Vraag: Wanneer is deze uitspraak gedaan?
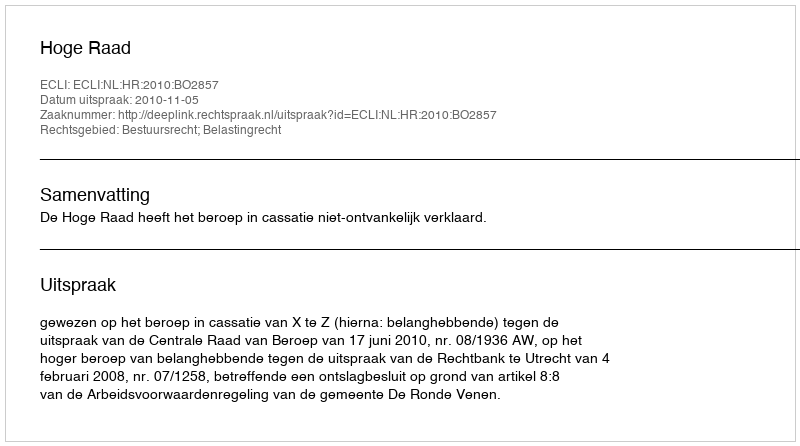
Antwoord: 2010-11-05